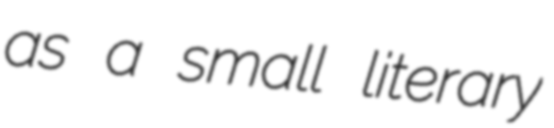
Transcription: as a small literary